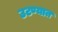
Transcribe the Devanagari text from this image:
उटण्यात